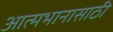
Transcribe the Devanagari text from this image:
आत्मभानासाठी